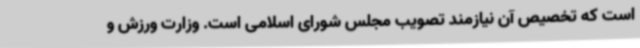
است که تخصیص آن نیازمند تصویب مجلس شورای اسلامی است. وزارت ورزش و